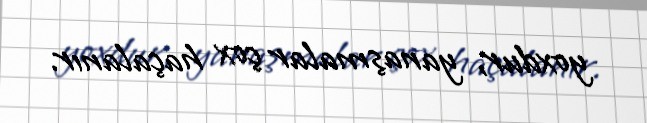
yoxdur, yanaşmalar çox haçalanır.